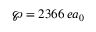
\wp = 2 3 6 6 \, e a _ { 0 }